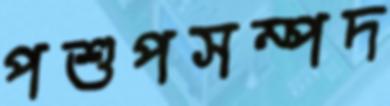
পশুপসম্পদ